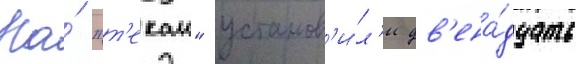
На́ "т'екаи" установ'и́л'и дв'ена́дцать